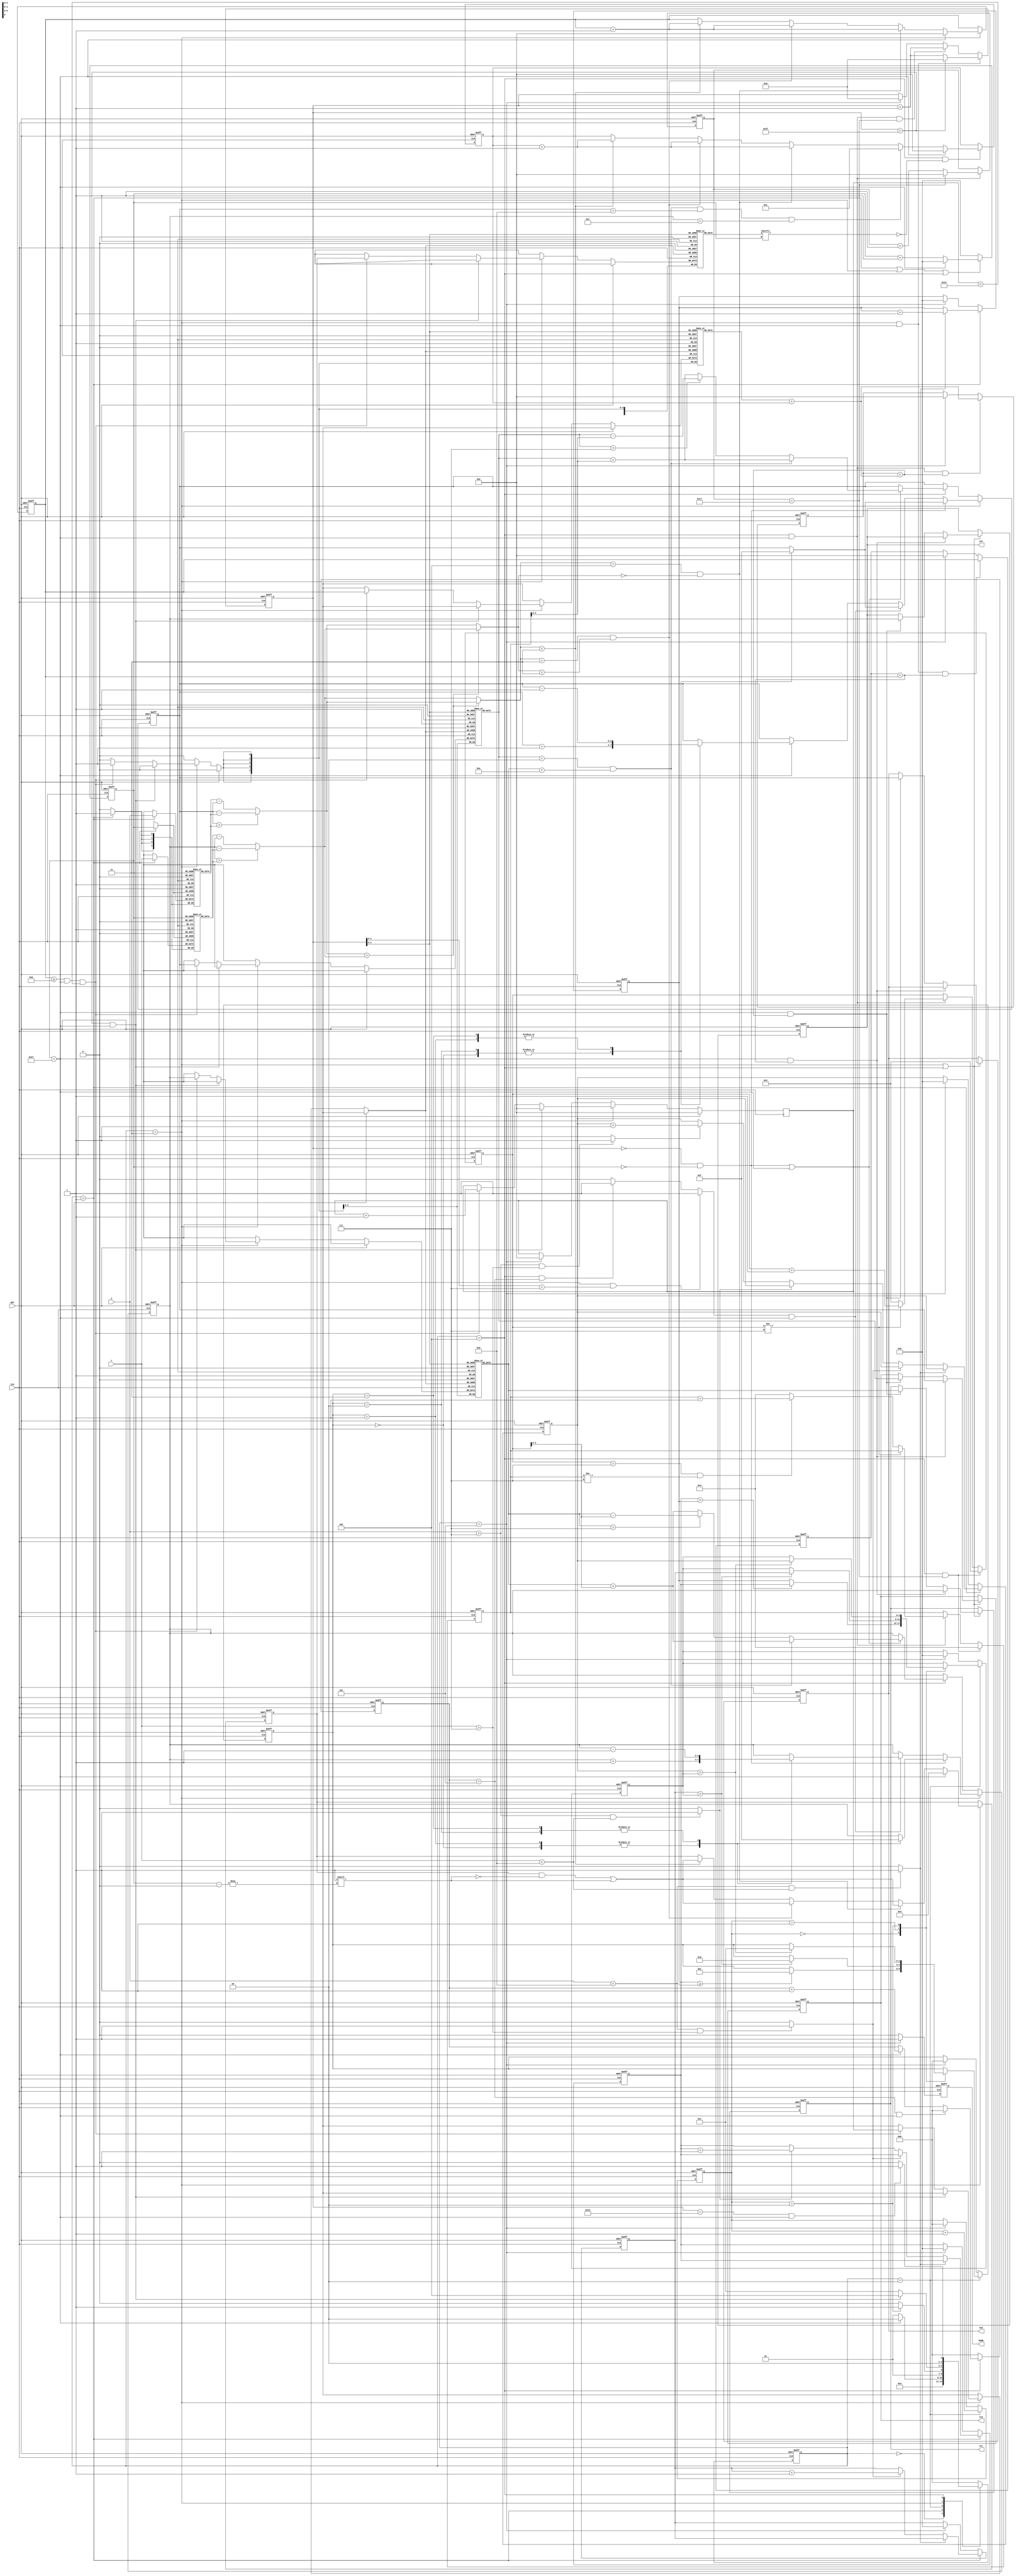
module LASER (
input CLK,
input RST,
input [3:0] X,
input [3:0] Y,
output reg [3:0] C1X,
output reg [3:0] C1Y,
output reg [3:0] C2X,
output reg [3:0] C2Y,
output reg DONE);

reg [3:0] X_in [0:39];
reg [3:0] Y_in [0:39];

reg [39:0] in_C1, in_C2,in_C1_max, in_C2_max;
reg [4:0] in_cnt1, in_cnt2,in_cnt1_max, in_cnt2_max;

reg [5:0] left_down_cnt, left_up_cnt, right_down_cnt, right_up_cnt;

wire is_left_down, is_left_up, is_right_down, is_right_up;
wire [3:0]x_mis,y_mis,mis_b,mis_s;

assign is_left_up = (X < 4'd8 && Y < 4'd8) ? 1'd1 : 1'd0;
assign is_left_down = (X < 4'd8 && Y > 4'd7) ? 1'd1 : 1'd0;
assign is_right_up = (X > 4'd7 && Y < 4'd8) ? 1'd1 : 1'd0;
assign is_right_down = (X > 4'd7 && Y > 4'd7) ? 1'd1 : 1'd0;

reg [2:0] state_cs, state_ns;
parameter IDLE = 3'd0, 
          INPUT = 3'd1,
          COMP = 3'd2,
          CNT1 = 3'd3,
          CNT2 = 3'd4,
          OUTPUT = 3'd5;

reg [5:0] cnt_40;
reg [6:0] cnt_64;
reg [2:0] max,sec,cnt_7,cnt_6;
reg [5:0] max_v,sec_v;

reg [3:0] circle_x, circle_y;


reg [3:0] max_circle1_x[0:18];
reg [3:0] max_circle1_y[0:18];

reg [4:0] cnt_max;
reg cd_line;
reg [4:0] cnt_24;

wire is_39;
wire is_63;
assign is_63 = (cnt_64 == 7'd63);
assign is_39 = (cnt_40 == 6'd39);

always @(posedge CLK or posedge RST) begin
    if(RST)
        state_cs <= IDLE;
    else
        state_cs <= state_ns;
end

always @(*) begin
    case (state_cs)
        IDLE:
            state_ns = INPUT; 
        INPUT:
            state_ns = (is_39) ? COMP : INPUT;
        COMP:
            state_ns = (cnt_7 == 3'd2) ? CNT1 : COMP;
        CNT1:
            state_ns = (is_63 && is_39) ? CNT2 : CNT1;
        CNT2:
            state_ns = (cnt_64 == 7'd19 && is_39) ? OUTPUT : CNT2;
        OUTPUT:
            state_ns = IDLE;
        default: 
            state_ns = IDLE;
    endcase
end

always @(posedge CLK or posedge RST) begin
    if(RST)
        cnt_40 <= 6'd0;
    else if(state_cs == INPUT || state_cs == CNT1 || state_cs == CNT2)
        if(is_39)
            cnt_40<=6'd0;
        else
            cnt_40 <= cnt_40 + 6'd1;
    else 
        cnt_40 <= 6'd0;
end

always @(posedge CLK or posedge RST) begin
    if(RST)
        cnt_6 <= 3'd0;
    else if(state_cs == CNT2)begin
        if(cnt_6==3'd5 && cnt_40 == 6'd39)
            cnt_6<=6'd0;
        else if(is_39)
            cnt_6 <= cnt_6 + 3'd1;
    end
    else 
        cnt_6 <= 3'd0;
end

always @(posedge CLK or posedge RST) begin
    if(RST)
        cnt_64 <=7'd0;
    else if(state_cs == CNT1 && is_39)begin
        if(is_63)
            cnt_64 <=7'd0;
        else
            cnt_64 <= cnt_64 + 1;
    end
    else if(state_cs == CNT2 && is_39 && cnt_24 == 23)
        cnt_64 <= cnt_64 + 1;
	else if(state_cs == OUTPUT)
		cnt_64 <=7'd0;
end

always @(*) begin
    if(state_cs == CNT1 && cnt_64[2:0]==3'd7)
        cd_line=1;
    else if(state_cs == CNT2 && cnt_6==3'd5)
        cd_line=1;
    else    
        cd_line=0;
end


always @(posedge CLK) begin
    if(state_cs == INPUT)begin
        X_in[cnt_40] <= X;
        Y_in[cnt_40] <= Y;
    end
end

always @(posedge CLK or posedge RST) begin
    if(RST)begin
        left_down_cnt <= 6'd0;
        left_up_cnt <= 6'd0;
        right_down_cnt <= 6'd0;
        right_up_cnt <= 6'd0;
    end
    else if(state_cs == INPUT)begin
        if(is_left_up)begin
            left_up_cnt <= left_up_cnt + 6'd1;
        end
        else if(is_left_down)begin
            left_down_cnt <= left_down_cnt + 6'd1;
        end
        else if(is_right_up)begin
            right_up_cnt <= right_up_cnt + 6'd1;
        end
        else if(is_right_down)begin
            right_down_cnt <= right_down_cnt + 6'd1;
        end
    end
    else if(state_cs == OUTPUT)begin
        left_down_cnt <= 6'd0;
        left_up_cnt <= 6'd0;
        right_down_cnt <= 6'd0;
        right_up_cnt <= 6'd0;
    end
end

always @(posedge CLK or posedge RST) begin
    if(RST)
        cnt_7<= 3'd0;
    else if(state_cs == COMP)begin
        cnt_7<=cnt_7+1;
    end
	else if(state_cs == OUTPUT)
		cnt_7<= 3'd0;
end

//max,sec
always @(posedge CLK or posedge RST) begin
    if(RST)begin
        max<= 2'd0;
    end
    else if(state_cs == COMP)begin
        case (cnt_7)
            3'd0: begin
                if (right_up_cnt>=left_up_cnt) 
                    max<= 2'd1;
            end
            3'd1: begin
                if(left_down_cnt>max_v) 
                    max<= 2'd2;
            end
            3'd2: begin
                if(right_down_cnt>max_v)
                    max<= 2'd3;
        end
        endcase
    end
	else if(state_cs == OUTPUT)
		max<= 2'd0;
end

always @(posedge CLK or posedge RST) begin
    if(RST)begin
        sec<= 2'd1;
    end
    else if(state_cs == COMP)begin
        case (cnt_7)
            3'd0: begin
                if (right_up_cnt>left_up_cnt) 
                    sec<= 2'd0;
            end
            3'd1: begin
                if(left_down_cnt>max_v) 
                    sec<= max;
                else if(left_down_cnt>sec_v)
                    sec<= 2'd2;
            end
            3'd2: begin
                if(right_down_cnt>max_v)
                    sec<= max;
                else if(right_down_cnt>sec_v)
                    sec<= 2'd3;
        end
        endcase
    end
	else if(state_cs == OUTPUT)
		sec<= 2'd1;
end


always @(posedge CLK or posedge RST) begin
    if(RST)
        max_v<= 6'd0;
    else if(state_cs == COMP)begin
        case (cnt_7)
            3'd0: begin
                if (right_up_cnt>left_up_cnt) 
                    max_v<= right_up_cnt;
                else
                     max_v<= left_up_cnt;
            end
            3'd1: begin
                if(left_down_cnt>max_v)
                    max_v<= left_down_cnt;
            end
            3'd2: begin
                if(right_down_cnt>max_v)
                    max_v<= right_down_cnt;
            end
        endcase
    end
	else if(state_cs == OUTPUT)
		max_v<= 6'd0;
end

always @(posedge CLK or posedge RST) begin
    if(RST)
        sec_v<= 6'd0;
    else if(state_cs == COMP)begin
        case (cnt_7)
            3'd0: begin
                if (right_up_cnt<left_up_cnt) 
                    sec_v<= right_up_cnt;
                else
                    sec_v<= left_up_cnt;
            end
            3'd1: begin
                if(left_down_cnt>max_v)
                    sec_v<= max_v;
                else if(left_down_cnt>sec_v)
                    sec_v<=left_down_cnt;
            end
            3'd2: begin
                if(right_down_cnt>max_v)
                    sec_v<= max_v;
                else if(right_down_cnt>sec_v)  
                    sec_v<= right_down_cnt;
            end
        endcase
    end
	else if(state_cs == OUTPUT)
		sec_v<= 6'd0;
end

always @(posedge CLK or posedge RST) begin
    if(RST)
        DONE <= 1'd1;
    else if(state_cs == OUTPUT)
        DONE <= 1'd1;
    else 
        DONE <= 1'd0;
end

reg [4:0] in_cnt1_r [0:19];
reg [39:0] in_C1_r [0:19];
wire [4:0] max_value;
wire oops;

assign oops = (max_circle1_x[cnt_64] == 2 && max_circle1_y[cnt_64] == 10);

assign max_value = in_cnt1_r[cnt_64] + in_cnt2;

//max_circle1_x
integer j;
always @(posedge CLK) begin
    if(RST)begin
		cnt_max <= 0;
	end
	else if(state_cs == CNT1)begin
		if(is_63 && is_39)begin
			cnt_max <= 0;
		end
		else if(in_cnt1 >= 5'd11 && is_39 && cnt_max < 20)begin
			max_circle1_x[cnt_max] <= circle_x;
			max_circle1_y[cnt_max] <= circle_y;
			cnt_max <= cnt_max + 1;
			in_cnt1_r[cnt_max] <= in_cnt1;
			in_C1_r[cnt_max] <= in_C1;
		end
	end
	else if(state_cs == OUTPUT)begin
		cnt_max <= 0;
	end
 end

//in_C1_max
always @(posedge CLK or posedge RST) begin
    if(RST)begin
        in_C1_max<=40'd0;
        in_cnt1_max<=5'd0;
    end
    else if(state_cs == CNT1 && is_39 && in_cnt1_max<in_cnt1)begin
        in_C1_max<=in_C1;
        in_cnt1_max<=in_cnt1;
    end
	else if(state_cs == OUTPUT)begin
		in_C1_max<=40'd0;
        in_cnt1_max<=5'd0;
    end
end

//in_C2_max
always @(posedge CLK or posedge RST) begin
    if(RST)begin
        in_C2_max<=40'd0;
        in_cnt2_max<=5'd0;
    end
    else if(state_cs == CNT2 && is_39 && in_cnt2_max<max_value)begin
        in_C2_max<=in_C2;
        in_cnt2_max<=max_value;
    end
	else if(state_cs == OUTPUT)begin
		in_C2_max<=40'd0;
        in_cnt2_max<=5'd0;
    end
end

always @(posedge CLK or posedge RST) begin
    if(RST)begin
        C1X <= 4'd0;
        C1Y <= 4'd0;
        C2X <= 4'd0;
        C2Y <= 4'd0;
    end
	else if(state_cs == CNT1 || state_cs == CNT2)begin
		if(is_39 && in_cnt1_max<in_cnt1)begin
            C1X <= circle_x;
            C1Y <= circle_y;
        end
		else if(is_39 && in_cnt2_max<max_value)begin
            C1X <= max_circle1_x[cnt_64];
			C1Y <= max_circle1_y[cnt_64];
			C2X <= circle_x;
            C2Y <= circle_y;
        end
	end
end

parameter x_small = 4,
	      x_large = 7,
		  y_small = 2,
		  y_large = 7;

reg [4:0] cnt2_x, cnt2_y;


always @(posedge CLK or posedge RST)begin
	if(RST)
		cnt_24<= 0;
	else if(state_cs == CNT2 && is_39)
		if(cnt_24 == 23)
			cnt_24 <= 0;
		else 
			cnt_24<= cnt_24 + 1;
end

always @(posedge CLK or posedge RST)begin
	if(RST)begin
		cnt2_x <= 5'd4;
		cnt2_y <= 5'd2;
	end
	else if(state_cs == CNT2 && cnt_24 == 23)begin
		cnt2_x <= 5'd4;
		cnt2_y <= 5'd2;
	end
	else if(state_cs == CNT2 && is_39)
		if(cnt2_y != 7)
			cnt2_y <= cnt2_y + 1;
		else if(cnt2_y == 7 && cnt2_x != 7)begin
			cnt2_x <= cnt2_x + 1;
			cnt2_y <= 5'd2;
		end
		else begin
			cnt2_x <= 5'd4;
			cnt2_y <= 5'd2;
		end
end

wire [3:0] xxxx,yyyy;
wire [3:0] m_c_7;
assign m_c_y_7 = (max_circle1_y[cnt_64] > 7);

assign xxxx = max_circle1_x[cnt_64];
assign yyyy = max_circle1_y[cnt_64];

//circle_x circle_y
always @(posedge CLK or posedge RST) begin
    if(RST)begin
        circle_x <= 4'd0;
        circle_y <= 4'd0;
    end
    else if(state_cs == CNT1) begin
        if(cnt_64==7'd0 && cnt_40==6'd0)   // start point
            case (max)
                2'd0:begin
                    circle_x <= 4'd0;
                    circle_y <= 4'd0;
                end
                2'd1:begin
                    circle_x <= 4'd15;
                    circle_y <= 4'd0;
                end
                2'd2:begin
                    circle_x <= 4'd0;
                    circle_y <= 4'd15;
                end
                2'd3:begin
                    circle_x <= 4'd15;
                    circle_y <= 4'd15;
                end
            endcase
        else if(cd_line && is_39)begin
            case (max)
                2'd0:begin
                    circle_x <= 4'd0;
                    circle_y <= circle_y+1;
                end
                2'd1:begin
                    circle_x <= 4'd15;
                    circle_y <= circle_y+1;
                end
                2'd2:begin
                    circle_x <= 4'd0;
                    circle_y <= circle_y-1;
                end
                2'd3:begin
                    circle_x <= 4'd15;
                    circle_y <= circle_y-1;
                end
            endcase
        end
        else if(is_39)begin
            case (max)  //next point
                2'd0:begin
                    circle_x <= circle_x+1;
                end
                2'd1:begin
                    circle_x <=circle_x-1;
                end
                2'd2:begin
                    circle_x <= circle_x+1;
                end
                2'd3:begin
                    circle_x <=circle_x-1;
                end
            endcase
        end
    end
    else if(state_cs == CNT2) begin
		if((cnt_40 == 0 && cnt_64 == 0) || is_39)begin
			if(oops)begin
				circle_x <= xxxx + cnt2_x;
				circle_y <= yyyy + cnt2_y;
			end
			else if(max_circle1_x[cnt_64] > 7)begin
				if(m_c_y_7)begin
					circle_x <= xxxx - cnt2_x;
					circle_y <= yyyy - cnt2_y;
				end
				else begin
					circle_x <= xxxx - cnt2_x;
					circle_y <= yyyy + cnt2_y;
				end
			end
			else begin
				if(m_c_y_7)begin
					circle_x <= xxxx + cnt2_x;
					circle_y <= yyyy - cnt2_y;
				end
				else begin
					circle_x <= xxxx + cnt2_x;
					circle_y <= yyyy + cnt2_y;
				end
			end
		end
    end
end

wire [3:0] sel_Xin,sel_Yin;

assign sel_Xin = (state_cs == CNT1) ? X_in[cnt_40] : X_in[cnt_40];
assign sel_Yin = (state_cs == CNT1) ? Y_in[cnt_40] : Y_in[cnt_40];

wire x_y_b;
assign x_y_b = (x_mis>y_mis);

assign x_mis=(circle_x > sel_Xin)? circle_x - sel_Xin: sel_Xin-circle_x;
assign y_mis=(circle_y > sel_Yin)? circle_y - sel_Yin: sel_Yin-circle_y;
assign mis_b=(x_y_b)?x_mis:y_mis;
assign mis_s=(x_y_b)?y_mis:x_mis;

//determine dot in the circle
always @(posedge CLK or posedge RST) begin
    if(RST)begin
        in_cnt1 <= 5'd0;
        in_C1<=40'd0;
    end
    else if(state_cs == CNT1)begin
        if(is_39)begin
			in_cnt1 <= 5'd0;
			in_C1<=40'd0;
        end
        else if(mis_b==4 && mis_s==0)begin
            in_C1[cnt_40]<=1;
            in_cnt1<=in_cnt1+1;
        end
        else if(mis_b==3 && mis_s<3)begin
            in_C1[cnt_40]<=1;
            in_cnt1<=in_cnt1+1;
        end
        else if(mis_b<3)begin
            in_C1[cnt_40]<=1;
            in_cnt1<=in_cnt1+1;
        end
    end
end

wire [3:0] X_in40,Y_in40;
wire iv_C1_max;
assign iv_C1_max = ~in_C1_max[cnt_40];
assign X_in40 = X_in[cnt_40];
assign Y_in40 = Y_in[cnt_40];

always @(posedge CLK or posedge RST) begin
    if(RST)begin
        in_cnt2 <= 5'd0;
        in_C2<=40'd0;
    end
    else if(state_cs == CNT2 && ~in_C1_r[cnt_64][cnt_40])begin
        if(is_39)begin
			in_cnt2 <= 5'd0;
			in_C2<=40'd0;
        end
		else if(oops && circle_x == 8 && circle_y == 12)begin
			in_cnt2 <= 5'd12;
			in_C2<=40'd0;
		end
        else if(mis_b==4 && mis_s==0)begin
            in_C2[cnt_40]<=1;
            in_cnt2<=in_cnt2+1;
        end
        else if(mis_b==3 && mis_s<3)begin
            in_C2[cnt_40]<=1;
            in_cnt2<=in_cnt2+1;
        end
        else if(mis_b<3 )begin
            in_C2[cnt_40]<=1;
            in_cnt2<=in_cnt2+1;
        end
    end
end

endmodule